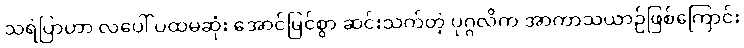
သရဲပြာဟာ လပေါ် ပထမဆုံး အောင်မြင်စွာ ဆင်းသက်တဲ့ ပုဂ္ဂလိက အာကာသယာဉ်ဖြစ်ကြောင်း